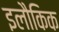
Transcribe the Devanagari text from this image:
इलौकिक